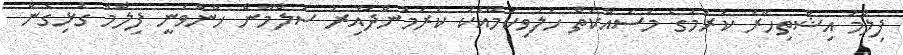
ފިލްމު އިޝްތިހާރު ކުރުމުގެ މަސައްކަތް ހަލުވިކަމާއެކު ކުރަމުންދާއިރު ސަލްމާން ޚާންވަނީ ފިލްމާ ގުޅިގެން